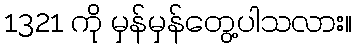
1321 ကို မှန်မှန်တွေ့ပါသလား။